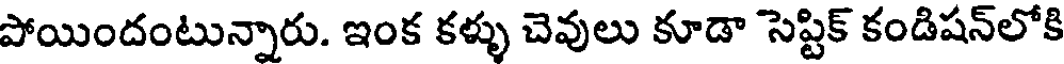
పోయిందంటున్నారు. ఇంక కళ్ళు చెవులు కూడా సెప్టిక్ కండిషన్లోకి